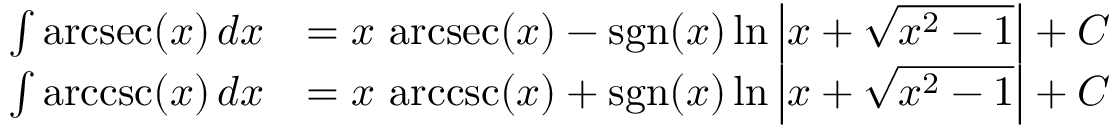
{ \begin{array} { r l } { \int \operatorname { a r c s e c } ( x ) \, d x } & { = x \, \operatorname { a r c s e c } ( x ) - \operatorname { s g n } ( x ) \ln \left| x + { \sqrt { x ^ { 2 } - 1 } } \right| + C } \\ { \int \operatorname { a r c c s c } ( x ) \, d x } & { = x \, \operatorname { a r c c s c } ( x ) + \operatorname { s g n } ( x ) \ln \left| x + { \sqrt { x ^ { 2 } - 1 } } \right| + C } \end{array} }